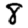
Digit: 8